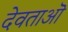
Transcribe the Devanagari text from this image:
देवताऒ